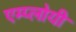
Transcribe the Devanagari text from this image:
एम्प्लोयी